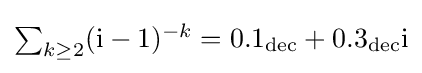
\textstyle \sum _{k\geq 2}(\mathrm {i} -1)^{-k}=0.1_{\text{dec}}+0.3_{\text{dec}}\mathrm {i}